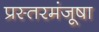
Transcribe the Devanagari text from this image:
प्रस्तरमंजूषा